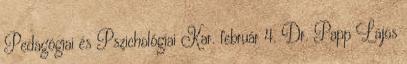
Pedagógiai és Pszichológiai Kar. február 4. Dr. Papp Lajos